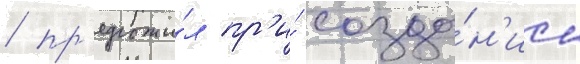
/ пр'едложи́л пр'и́ созда́н'ии